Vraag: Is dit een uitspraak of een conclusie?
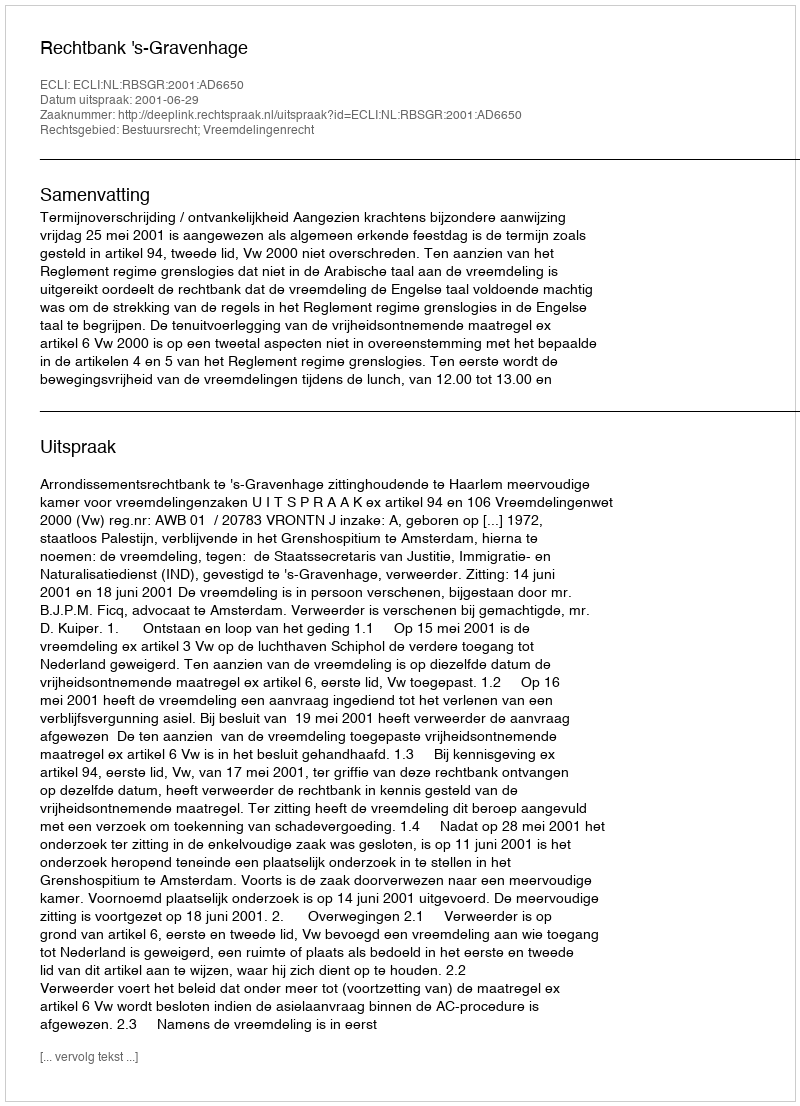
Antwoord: Uitspraak